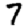
Digit: 7